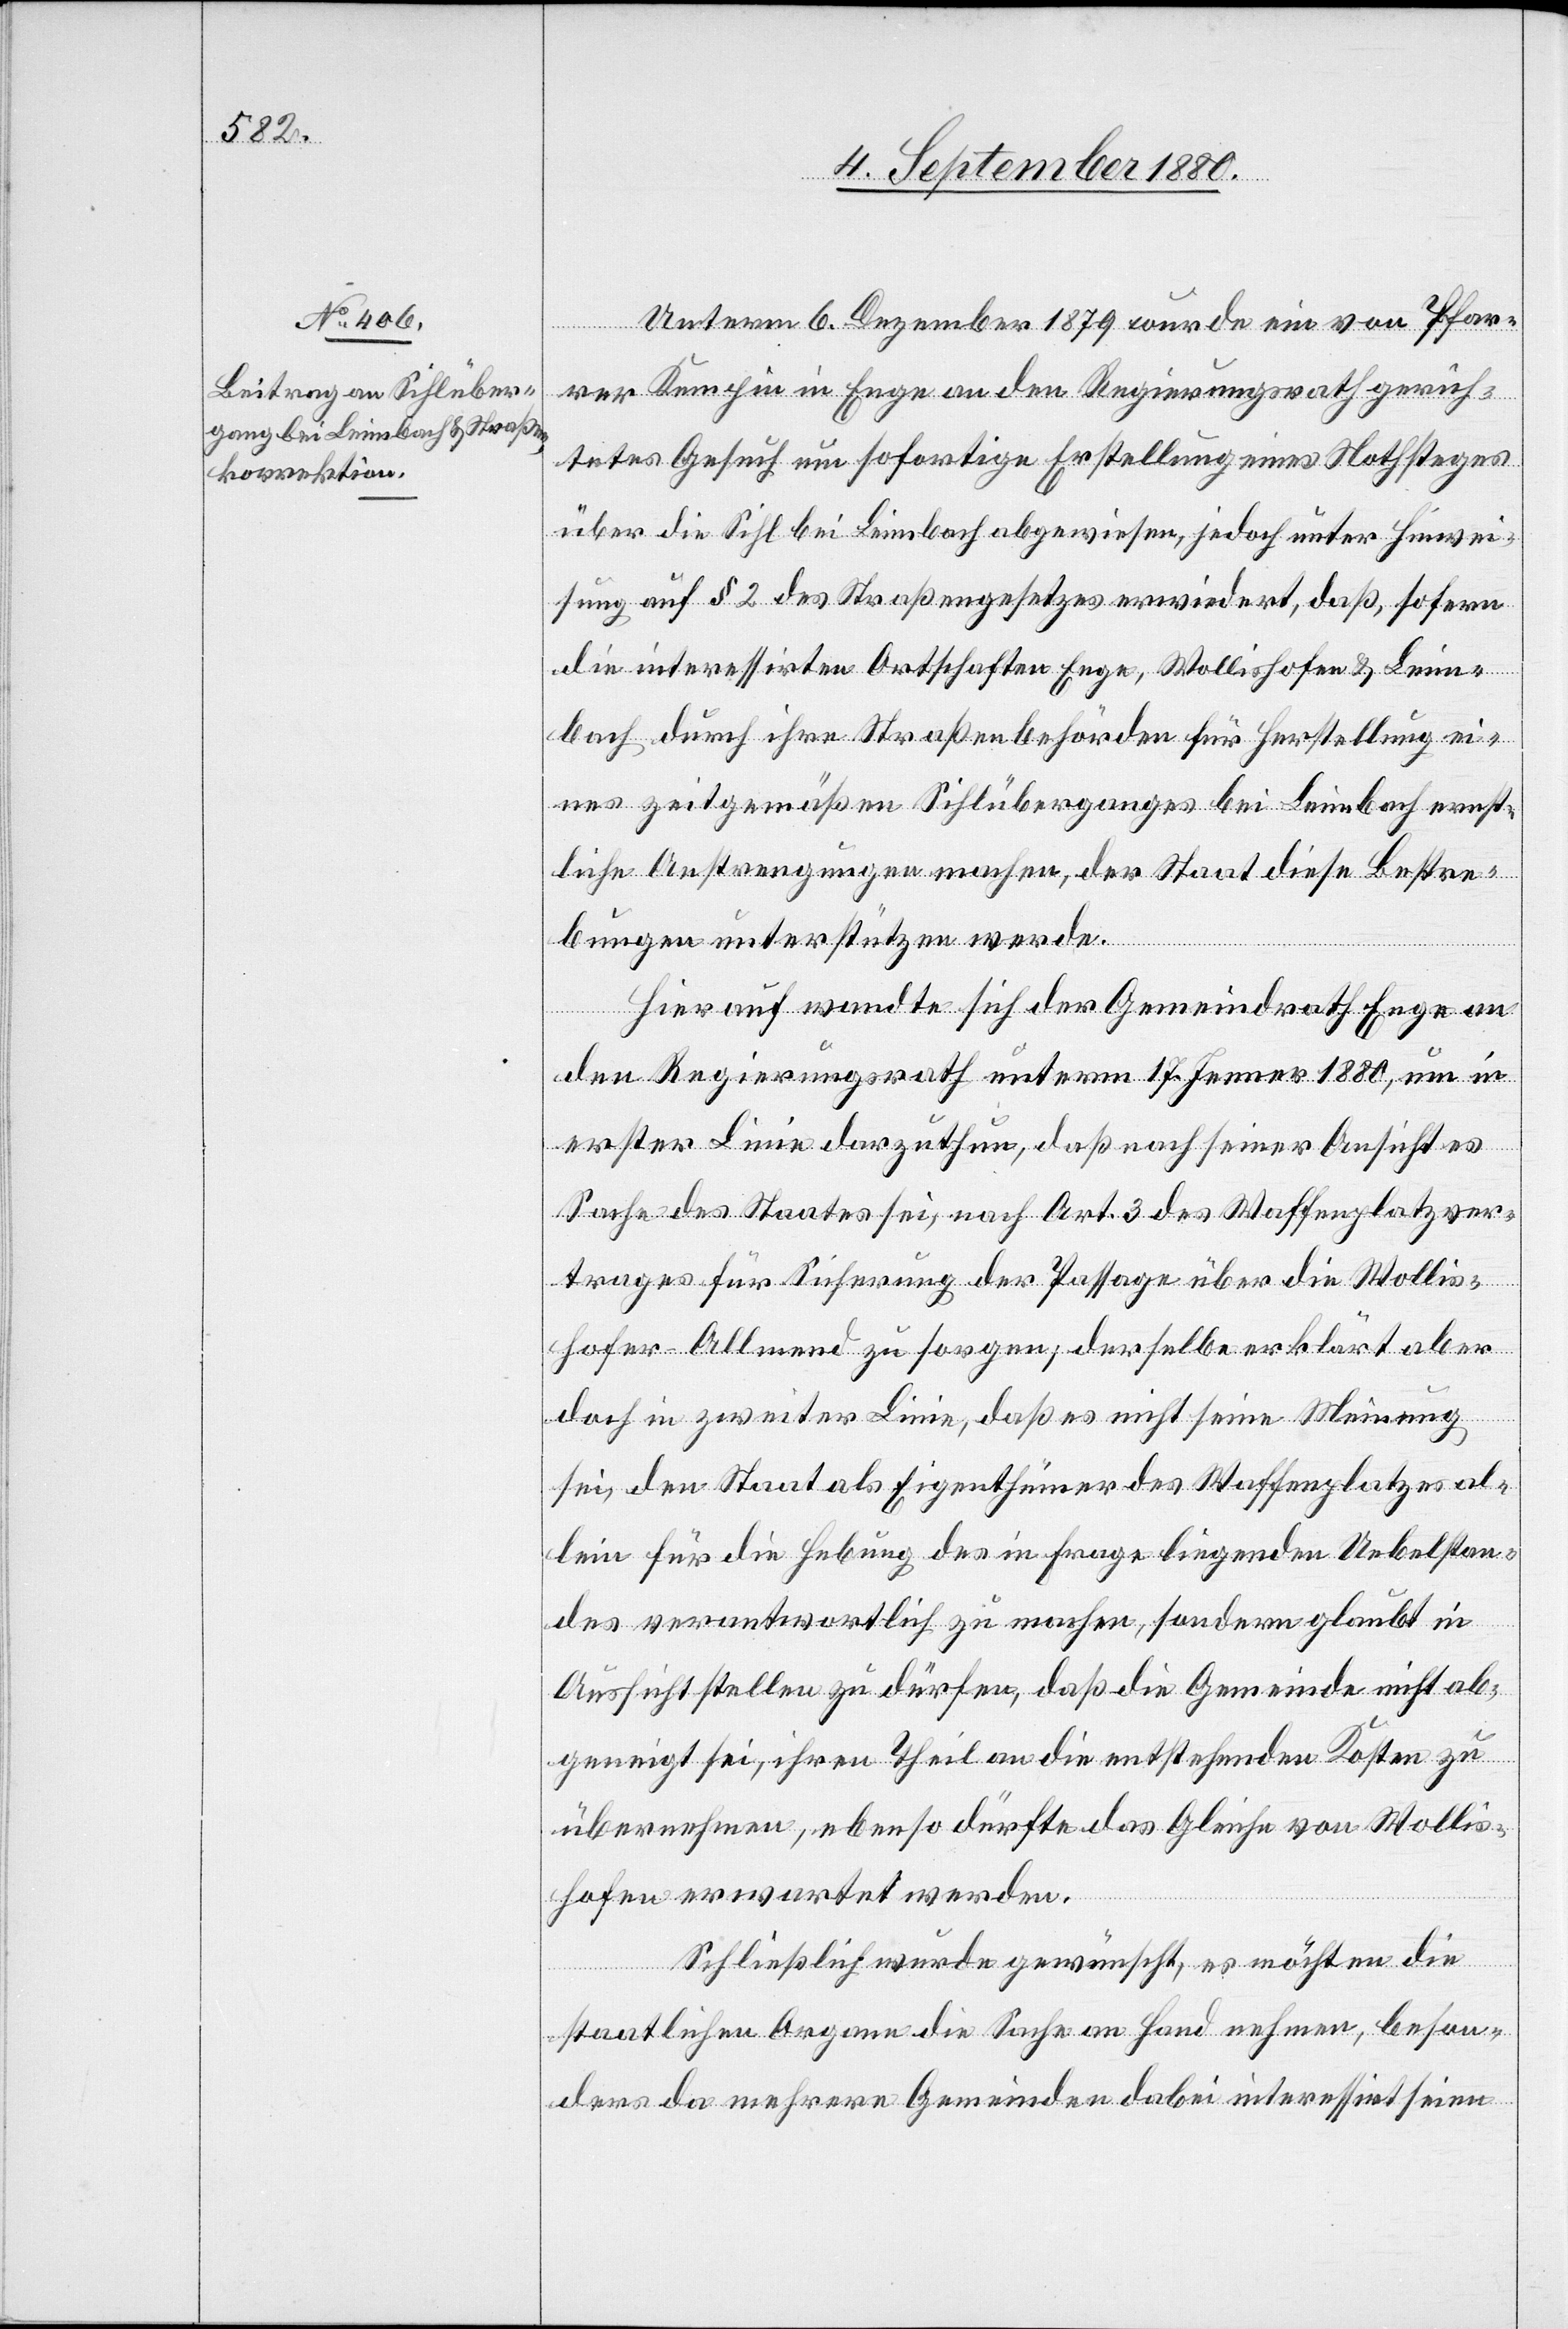
Unterm 6. Dezember 1879 wurde ein von Pfar¬
rer Kempin in Enge an den Regierungsrath gerich¬
tetes Gesuch um sofortige Erstellung eines Nothsteges
über die Sihl bei Leimbach abgewiesen, jedoch unter Hinwei¬
sung auf § 2 des Straßengesetzess erwiedert, daß sofern
die interessirten Ortschaften Enge, Wollishofen & Leim¬
bach durch ihre Straßenbehörden für Herstellung ei¬
nes zeitgemäßen Sihlüberganges bei Leimbach ernst¬
liche Anstrengungen machen, der Staat diese Bestre¬
bungen unterstützen werde.
Hierauf wandte sich der Gemeindrath Enge an
den Regierungsrath unterm 17. Jenner 1880, um in
erster Linie darzuthun, daß nach seiner Ansicht es
Sache des Staates sei, nach Art. 3 des Waffenplatzver¬
trages für Sicherung der Passage über die Wollis¬
hofer-Allmend zu sorgen, derselbe erklärt aber
doch in zweiter Linie, daß es nicht seine Meinung
sei, den Staat als Eigenthümer des Waffenplatzes al¬
lein für die Hebung des in Frage liegenden Uebelstan¬
des verantwortlich zu machen, sondern glaubt in
Aussicht stellen zu dürfen, daß die Gemeinde nicht ab¬
geneigt sei, ihren Theil an die entstehenden Kosten zu
übernehmen, ebenso dürfte das Gleiche von Wollis¬
hofen erwartet werden.
Schließlich wurde gewünscht, es möchten die
staatlichen Organe die Sache an Hand nehmen, beson¬
ders da mehrere Gemeinden dabei interessirt seien